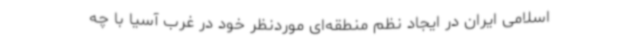
اسلامی ایران در ایجاد نظم منطقه‌ای موردنظر خود در غرب آسیا با چه